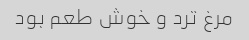
مرغ ترد و خوش طعم بود